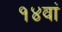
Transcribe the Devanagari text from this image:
१४वां